Report on vaccination in Madras 1904-1921 - 1904-1921
Year: 1904
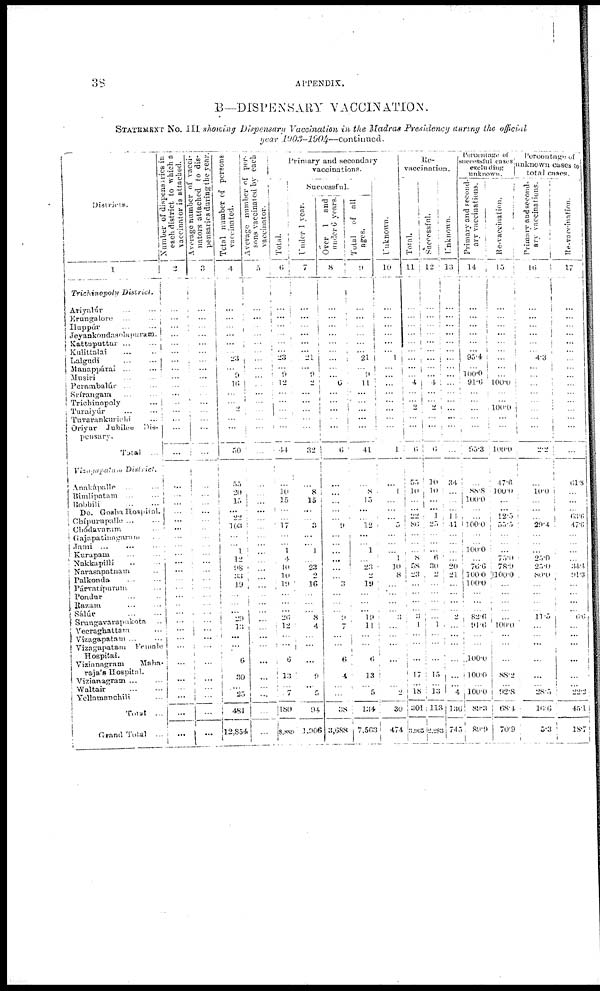
38
APPENDIX.
B—DISPENSARY VACCINATION.
STATEMENT No. III showing Dispensary Vaccination in the Madras Presidency during the official
year
1903-1904—continued.
Districts.
1
Trichinopoly
District.
Ariyalúr... ...
Erungalore... ...
Iluppúr... ...
Jeyankondasolapuram.
Kattuputtur...
...
Kulittalai... ...
Lalgudi...
...
Manappárai... ...
Musiri... ...
Perambalúr... ...
Srírangam... ...
Trichinopoly...
Turaiyúr... ...
Tuvarankurichi...
Oriyur Jubilee Dis¬
pensary.
Total ...
Vizagapatam
District.
Anakápalle...
...
Bimlipatam
...
...
Bobbili
...
...
Do. Gosha Hospital.
Chípurnpallc ... ...
Chódavaram ...
Gajapatinagaram ...
Jami ... ... ...
Kurapam ... ...
Nakkapilli ... ...
Narasapatnam ...
Palkonda
...
...
Párvatipuram ...
Pondur ... ...
Razam ... ...
Sálúr
...
...
Srungavarapukota ...
Vecraghattam ...
Vizagapatam ... ...
Vizagapatam
Female
Hospital.
Vizianagram
Maha¬
raja's Hospital.
Vizianagram
...
...
Waltair
...
...
Yellamanchili ...
Total ...
Grand Total ...
Number of dispensaries in
each district to which a
vaccinator is attached.
2
...
...
...
...
...
...
...
... ...
...
...
...
...
...
...
...
...
...
...
...
... ...
...
...
...
...
...
...
...
...
...
...
...
...
...
...
...
...
...
...
...
...
Average number of vacci¬
nators attached to dis¬
pensaries during the year.
3
...
...
...
...
...
...
...
... ...
...
...
...
...
...
...
...
...
...
...
...
... ...
...
...
...
...
...
...
...
...
...
...
...
...
... ...
...
...
...
...
...
...
Total number of persons
vaccinated.
4
...
...
...
...
...
... 23
... 9
16
...
... 2
...
...
50
55
20
15
...
22
103
...
...
1
12
98
33
19
...
...
...
29
13
...
...
6
30
...
25
481
12,854
Average number of per¬
sons vaccinated by each
vaccinator.
5
...
...
..
...
...
...
...
... ...
...
...
...
...
...
...
...
...
...
...
...
... ...
...
...
...
...
...
...
...
...
...
...
...
...
...
...
...
...
...
...
...
...
Primary and secondary
vaccinations.
Total.
6
...
...
...
...
...
... 23
... 9
12
...
...
...
...
...
44
...
10 15
...
... 17
...
...
1
4
40
10
19
...
...
...
26
12
... ...
6
13
...
7
180
8,889
Successful.
Under 1 year.
7
...
...
...
...
...
... 21
... 9
2
...
...
...
...
...
32
...
8
15
...
...
3
...
...
1
23
2
16
...
...
...
...
8
4
... ...
...
9
...
5
94
1,906
Over 1 and
under 6 years.
8
...
...
...
...
...
...
...
... ...
...
...
...
...
...
...
6
...
...
...
...
... 9
...
...
...
...
...
3
...
...
...
...
9
7
...
...
6
4
...
...
38
3,688
Total
of all
ages.
9
...
...
...
...
...
... 21
... 9
11
...
...
...
...
...
41
...
8
15
...
... 12
...
...
1
23
2
19
...
...
...
...
19
11
...
...
6
13
...
5
134
7,563
Unknown.
10
...
...
...
...
...
... 1
...
...
...
...
...
...
...
...
1
...
1
...
...
... 5
...
...
1
10
8
...
...
...
...
...
3 ...
... ...
...
...
...
2
30
474
Re¬
vaccination.
Total.
11
...
...
...
...
...
...
...
... ...
4
...
...
...
...
...
6
55
10
...
...
22
86
...
...
8
58
23
...
...
...
...
...
3
1
... ...
...
17
...
18
301
3,965
Successful.
12
...
...
...
...
...
...
...
...
...
4
...
... 2
...
...
...
10
10
...
...
1
25
...
...
6
30
2
...
...
...
...
...
...
1 ...
...
...
15
...
13
113
2,283
Unknown.
13
...
...
...
...
...
...
...
...
...
...
...
...
...
...
...
...
34
...
...
...
11
41
...
...
...
20
21
...
...
...
...
...
2
... ...
...
...
...
...
4
136
745
Percentage of
successful cases
excluding
unknown.
Primary and second¬
ary vaccinations.
14
...
...
...
...
...
... 95.4
... 100.0
91.6
...
...
...
...
...
95.3
...
88.8
100.0
...
... 100.0
...
100.0
...
76.6
100.0
100.0
...
...
...
...
82.6
91.6
...
...
100.0
100.0
...
100.0
89.3
89.9
Re-vaccination.
15
...
...
...
...
... ...
...
... ...
100.0
...
...
100.0
...
...
100.0
47.6
100.0
...
...
12.5
55.5 ...
...
75.0
78.9
100.0
...
...
...
...
...
...
100.0
... ...
...
88.2
...
92.8
68.4
70.9
Percentage of
unknown cases to
total cases.
Primary and second¬
ary vaccinations.
16
...
...
...
...
...
... 4.3
... ...
...
...
...
...
...
...
2.2
...
10.0
...
...
... 29.4
...
...
25.0
25.0
80.0
...
...
...
...
...
11.5
...
...
...
...
...
...
28.5
16.6
5.3
Re-vaccination.
17
...
...
...
...
...
... ...
...
...
...
...
...
...
...
...
...
61.8
...
...
...
63.6
47.6
...
...
...
34.4
91.3
...
...
...
...
...
6.6
...
... ...
...
...
...
22.2
45.1
18.7